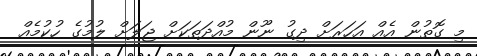
މި ގޮތުން އެއް އަހަރަށް ދިގު ނޫން މުއްދަތަކަށް ޖަލަށް ލުމުގެ ހުކުމެއް